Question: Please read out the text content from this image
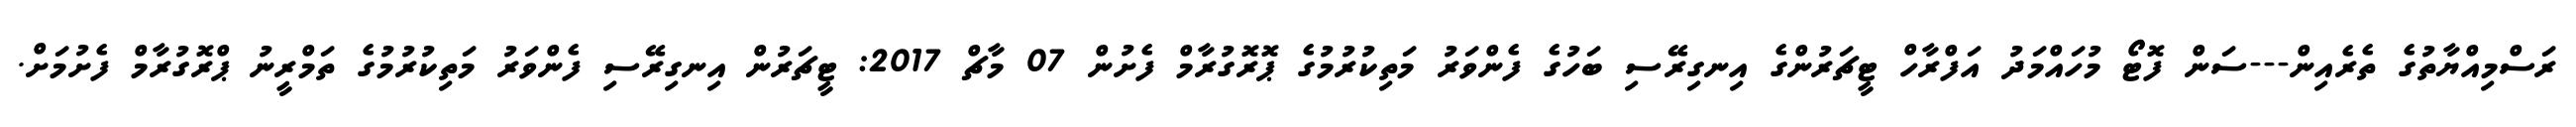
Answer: ރަސްމިއްޔާތުގެ ތެރެއިން---ސަން ފޮޓޯ މުހައްމަދު އަފްރާހް ޓީޗަރުންގެ އިނގިރޭސި ބަހުގެ ފެންވަރު މަތިކުރުމުގެ ޕޮރޮގުރާމް ފެށުން 07 މާޗް 2017: ޓީޗަރުން އިނގިރޭސި ފެންވަރު މަތިކުރުމުގެ ތަމްރީނު ޕްރޮގުރާމް ފެށުމަށް.